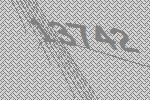
13742